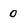
Character: 0